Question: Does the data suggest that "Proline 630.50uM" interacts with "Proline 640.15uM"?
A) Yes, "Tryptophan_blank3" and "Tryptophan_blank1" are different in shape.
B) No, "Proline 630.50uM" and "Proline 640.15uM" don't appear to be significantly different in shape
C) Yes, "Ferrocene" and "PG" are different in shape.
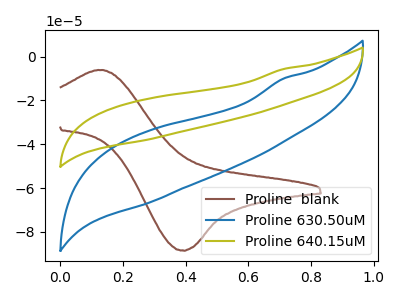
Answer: <think>The brown curve "Proline  blank" has an anodic peak at (0.15V, -6.15uA) and a cathodic peak at (0.40V, -88.45uA). The blue curve "Proline 630.50uM" has no peaks. The olive curve "Proline 640.15uM" has no peaks.
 Neither "Proline 630.50uM" or "Proline 640.15uM" have any peaks.</think>
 <answer>B) No, "Proline 630.50uM" and "Proline 640.15uM" don't appear to be significantly different in shape</answer>
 <eval>B</eval>